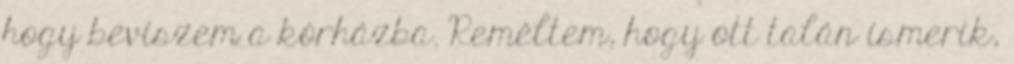
hogy beviszem a kórházba. Reméltem, hogy ott talán ismerik,